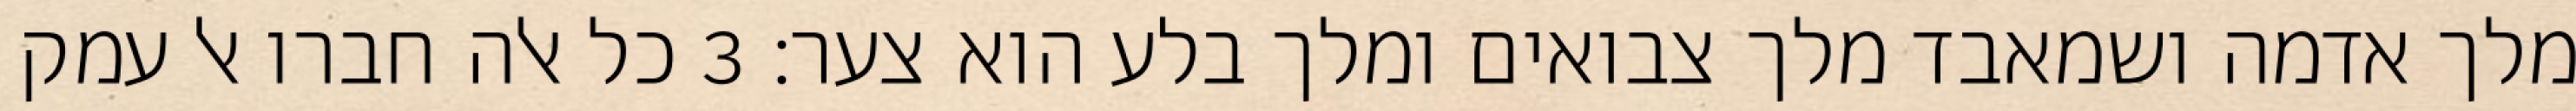
מלך אדמה ושמאבד מלך צבואים ומלך בלע הוא צער׃ ‎3‏ כל אלה חברו אל עמק